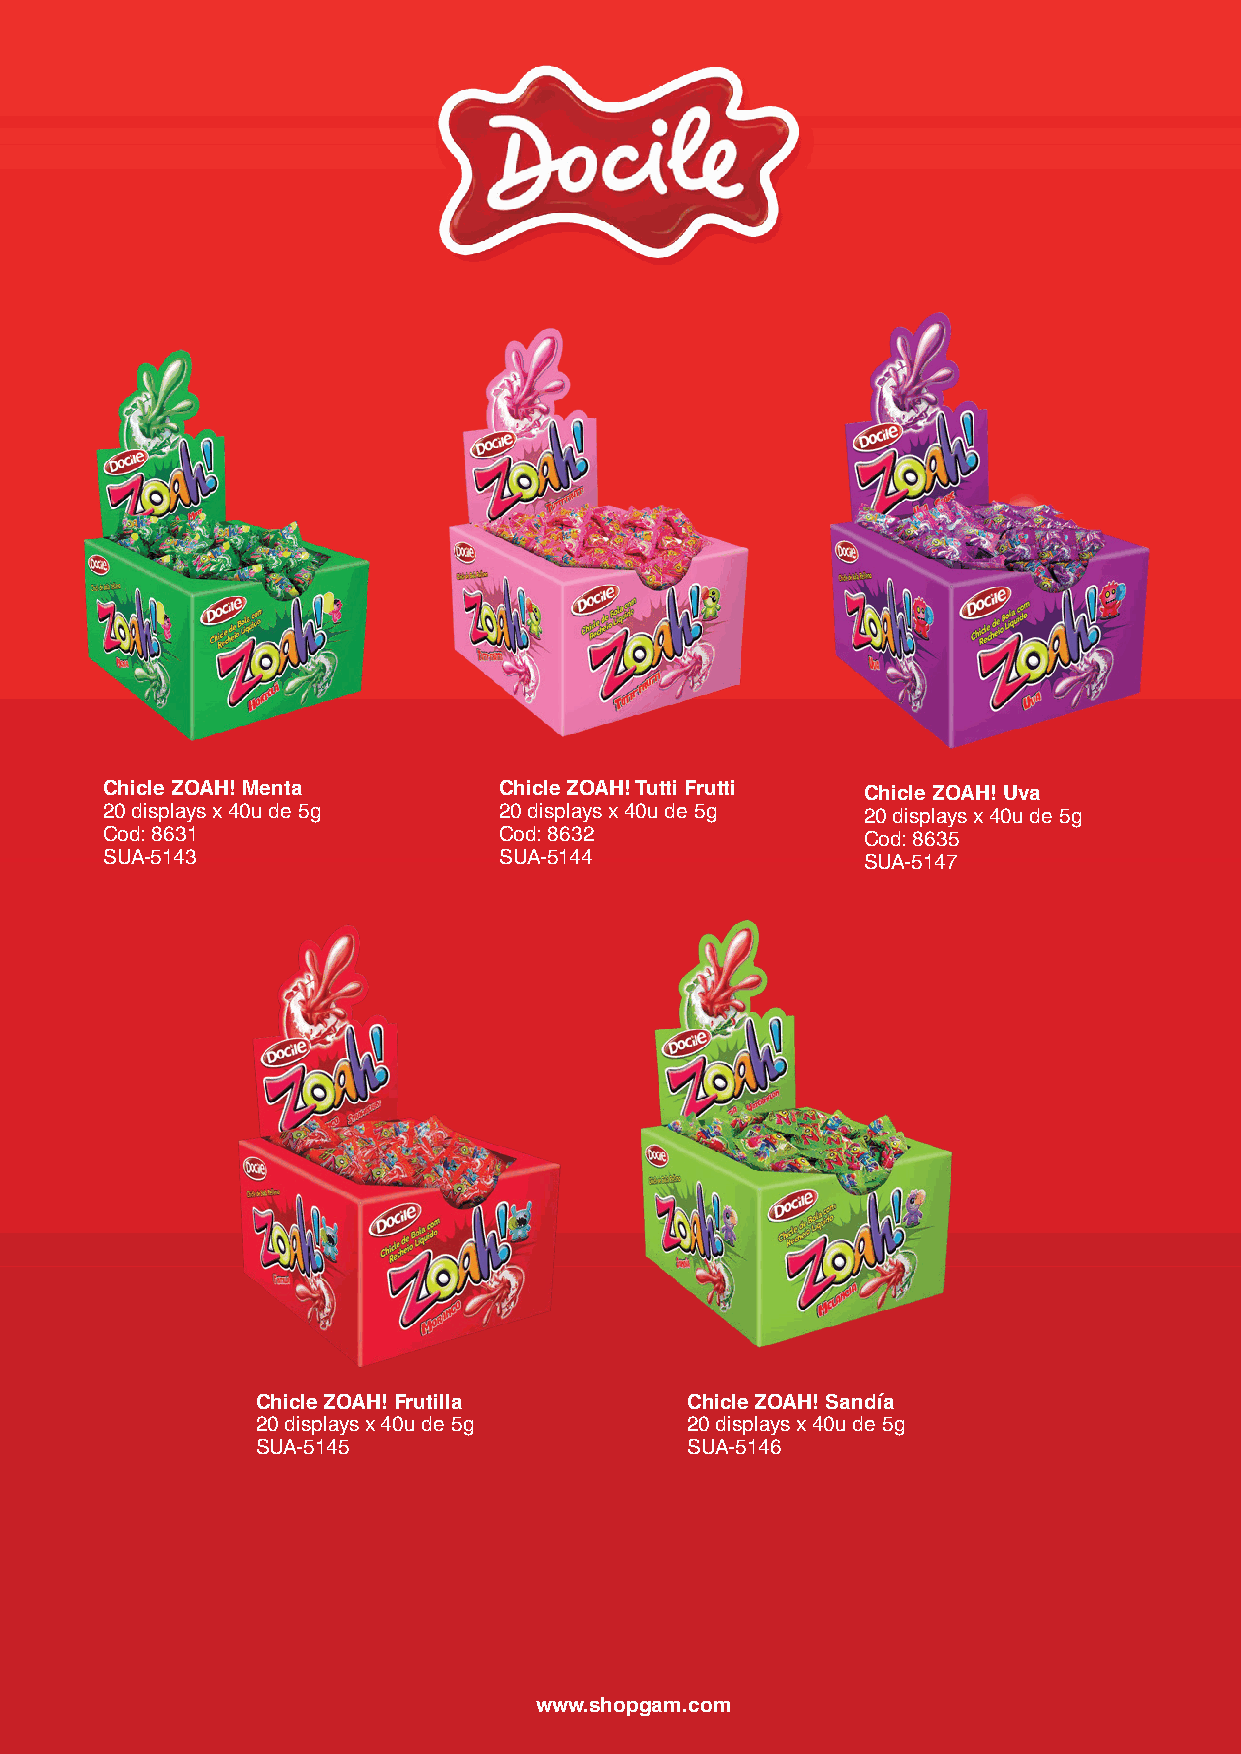
Chicle ZOAH! Menta        Chicle ZOAH! Tutti Frutti Chicle ZOAH! Uva
 20 displays x 40u de 5g   20 displays x 40u de 5g 20 displays x 40u de 5g
 Cod: 8631                 Cod: 8632               Cod: 8635
 SUA-5143                  SUA-5144                SUA-5147
 Chicle ZOAH! Frutilla       Chicle ZOAH! Sandía
 20 displays x 40u de 5g     20 displays x 40u de 5g
 SUA-5145                    SUA-5146
 www.shopgam.com